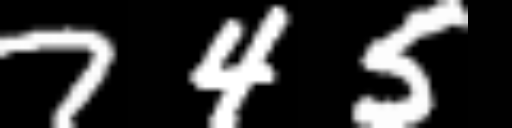
Text: 745